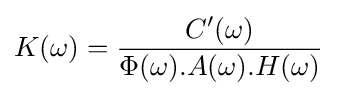
K(\omega )={\frac {C'(\omega )}{\Phi (\omega ).A(\omega ).H(\omega )}}